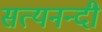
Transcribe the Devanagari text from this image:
सत्यनन्दी